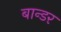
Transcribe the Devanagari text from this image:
बान्डर